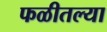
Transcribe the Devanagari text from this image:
फळीतल्या